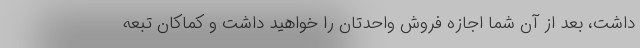
داشت، بعد از آن شما اجازه فروش واحدتان را خواهید داشت و کماکان تبعه